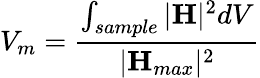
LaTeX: V_{m}=\frac{\int_{sample}|\mathbf{H}|^{2}dV}{|\mathbf{H}_{max}|^{2}}